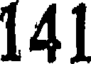
141